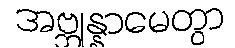
အဗ္ဘုန္နာမေတွာ